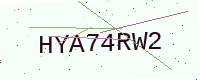
Text: HYA74RW2